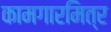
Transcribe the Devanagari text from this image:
कामगारमित्र